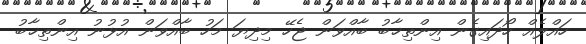
ހައްލެއް ހޯދައިގެން އިންތިޚާބު ބާއްވަން ޖެހޭ މިދިޔަ މަހު ބާއްވަން އުޅުނު އިންތިޚާބު